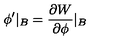
\phi ^ { \prime } \vert _ { B } = \frac { \partial W } { \partial \phi } \vert _ { B }